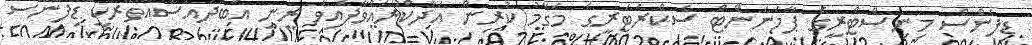
ޑިފެންސް މިނިސްޓްރީގެ ޕާމަނަންޓް ސެކްރެޓަރީގެ މަގާމު ކުރިން އަދާކުރައްވާފައިވާ ރީނީ އަބްދުއްސައްތާރަކީ ޑިފެންސް